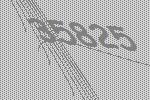
35825